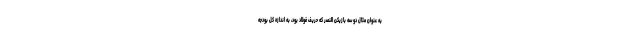
به عنوان مثال دو سه بازیکن النصر که حریف فولاد بود، به اندازه کل بودجه